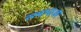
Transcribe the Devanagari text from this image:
समाचाअर